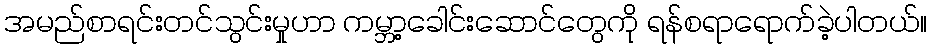
အမည်စာရင်းတင်သွင်းမှုဟာ ကမ္ဘာ့ခေါင်းဆောင်တွေကို ရန်စရာရောက်ခဲ့ပါတယ်။